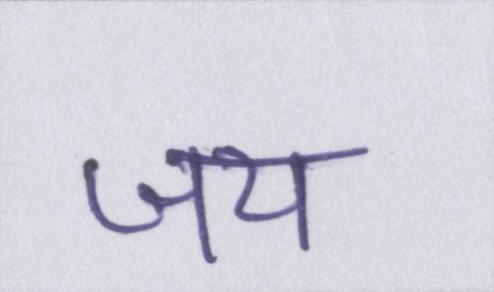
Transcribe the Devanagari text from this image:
जय